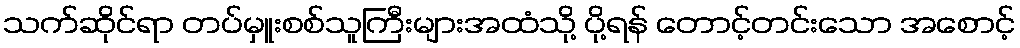
သက်ဆိုင်ရာ တပ်မှူးစစ်သူကြီးများအထံသို့ ပို့ရန် တောင့်တင်းသော အစောင့်